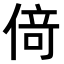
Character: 𠋣